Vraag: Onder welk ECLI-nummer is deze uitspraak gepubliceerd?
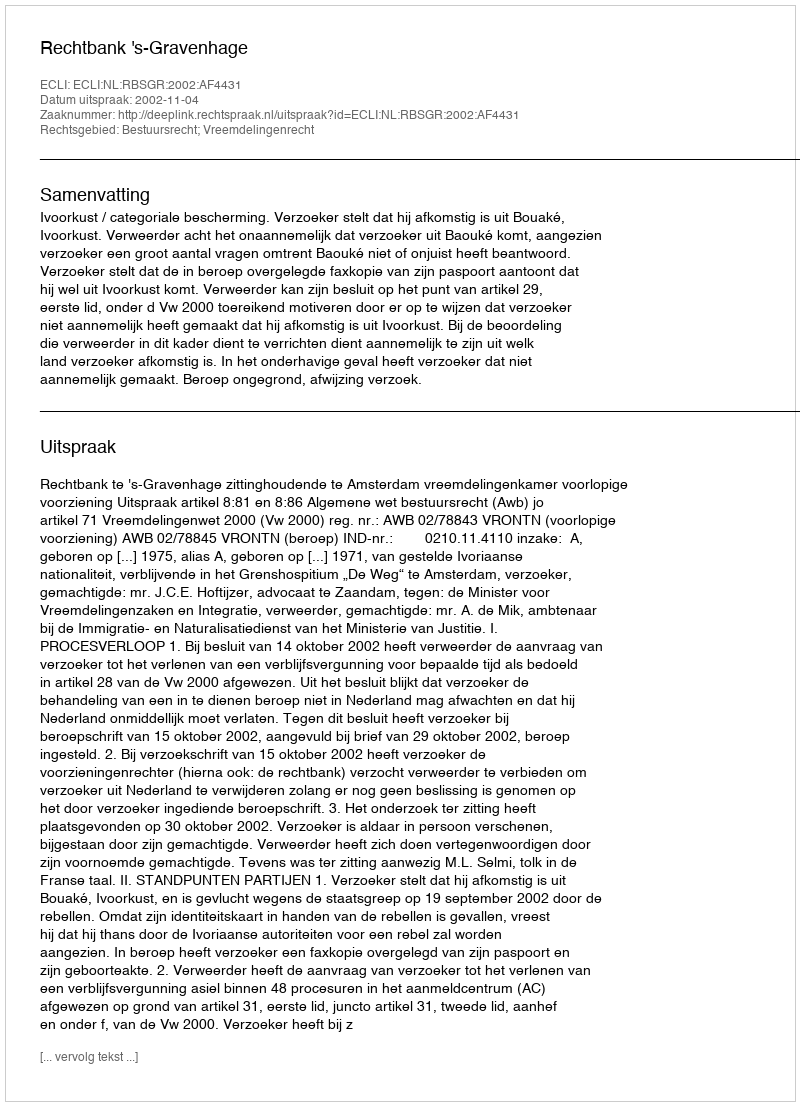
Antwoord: ECLI:NL:RBSGR:2002:AF4431